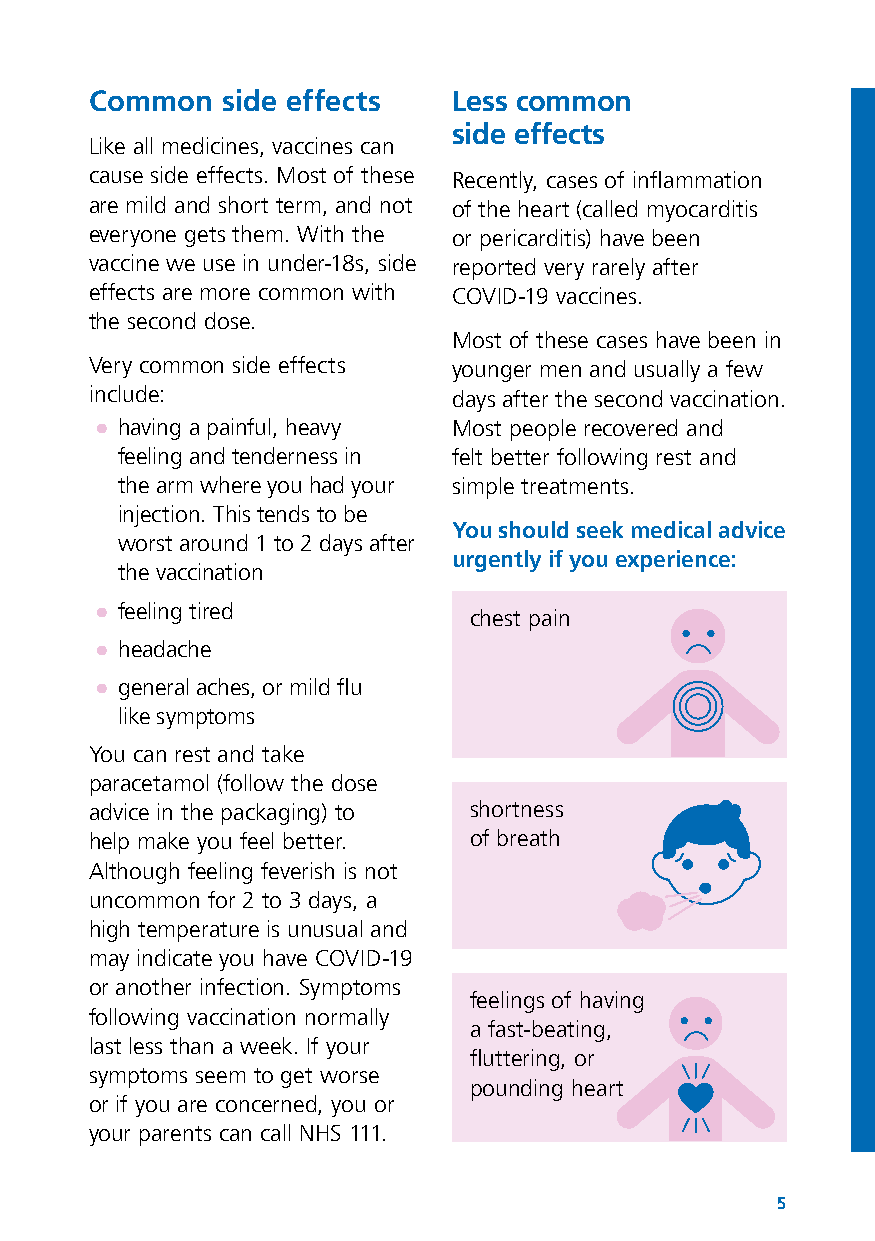
Common   side effects   Less common
 side effects
 Like all medicines, vaccines can
 cause side effects. Most of these Recently, cases of inflammation
 are mild and short term, and not of the heart (called myocarditis
 everyone gets them. With the or pericarditis) have been
 vaccine we use in under-18s, side reported very rarely after
 effects are more common with COVID-19 vaccines.
 the second dose.
 Most of these cases have been in
 Very common side effects younger men and usually a few
 include:                days after the second vaccination.
 ● having a painful, heavy Most people recovered and
 feeling and tenderness in felt better following rest and
 the arm where you had your simple treatments.
 injection. This tends to be
 You should seek medical advice
 worst around 1 to 2 days after
 urgently if you experience:
 the vaccination
 ● feeling tired          chest pain
 ● headache
 ● general aches, or mild flu
 like symptoms
 You can rest and take
 paracetamol (follow the dose
 advice in the packaging) to shortness
 help make you feel better. of breath
 Although feeling feverish is not
 uncommon for 2 to 3 days, a
 high temperature is unusual and
 may indicate you have COVID-19
 or another infection. Symptoms
 feelings of having
 following vaccination normally
 a fast-beating,
 last less than a week. If your
 fluttering, or
 symptoms seem to get worse
 pounding heart
 or if you are concerned, you or
 your parents can call NHS 111.
 5